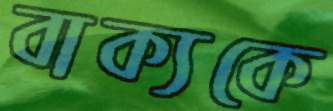
বাক্যকে